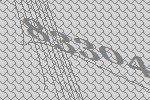
83304